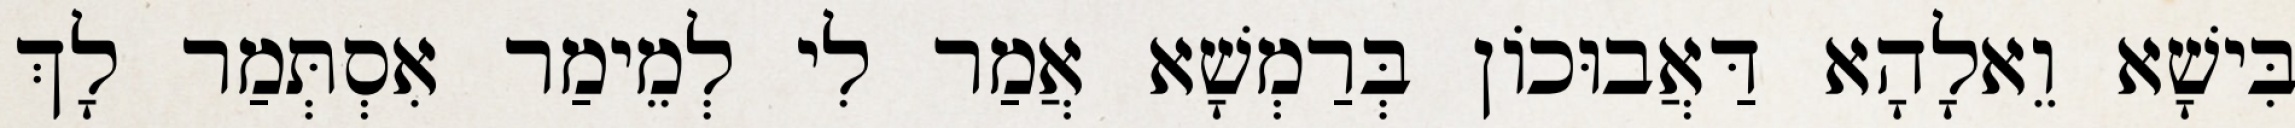
בִּישָׁא וֵאלָהָא דַּאֲבוּכוֹן בְּרַמְשָׁא אֲמַר לִי לְמֵימַר אִסְתְּמַר לָךְ